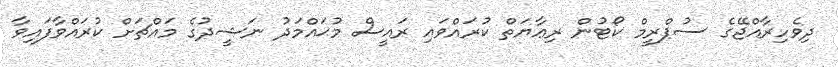
ދިވެހިރާއްޖޭގެ ސުޕްރީމް ކޯޓުން ރިޢާޔަތް ކުރައްވައި ރައީސް މުޙައްމަދު ނަޝީދުގެ މައްޗަށް ކުރައްވާފައިވާ